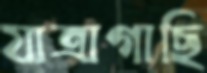
যাত্রাগাছি